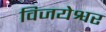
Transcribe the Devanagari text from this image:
विजयेश्वर